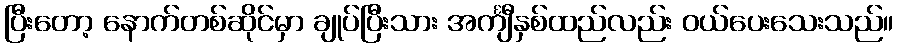
ပြီးတော့ နောက်တစ်ဆိုင်မှာ ချုပ်ပြီးသား အင်္ကျီနှစ်ထည်လည်း ဝယ်ပေးသေးသည်။